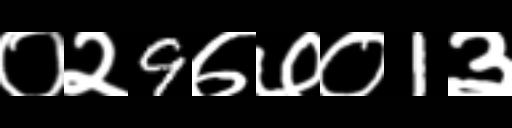
Text: ०२9७७०1३